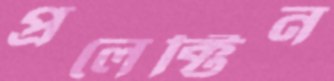
প্রলেক্টিন